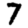
Digit: 7